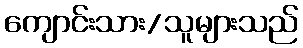
ကျောင်းသား/သူများသည်